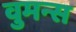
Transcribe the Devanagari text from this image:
वुमन्स